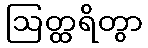
ဩတ္ထရိတွာ